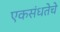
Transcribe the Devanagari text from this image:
एकसंधतेचे